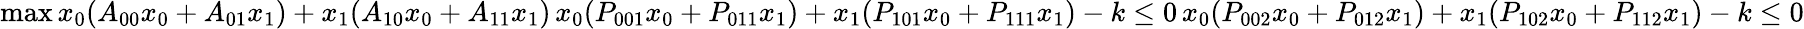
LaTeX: \operatorname*{max}x_{0}(A_{00}x_{0}+A_{01}x_{1})+x_{1}(A_{10}x_{0}+A_{11}x_{1})\, x_{0}(P_{001}x_{0}+P_{011}x_{1})+x_{1}(P_{101}x_{0}+P_{111}x_{1})-k\le 0\, x_{0}(P_{002}x_{0}+P_{012}x_{1})+x_{1}(P_{102}x_{0}+P_{112}x_{1})-k\le 0